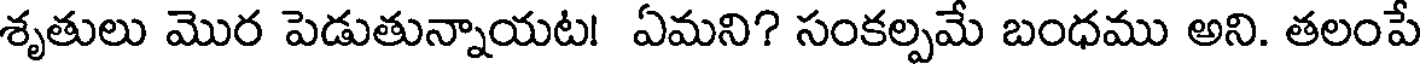
శృతులు మొర పెడుతున్నాయట! ఏమని? సంకల్పమే బంధము అని. తలంపే